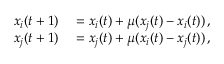
\begin{array} { r l } { x _ { i } ( t + 1 ) } & { { } = x _ { i } ( t ) + \mu ( x _ { j } ( t ) - x _ { i } ( t ) ) \, , } \\ { x _ { j } ( t + 1 ) } & { { } = x _ { j } ( t ) + \mu ( x _ { i } ( t ) - x _ { j } ( t ) ) \, , } \end{array}